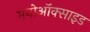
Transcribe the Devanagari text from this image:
मनोऑक्‍साइड